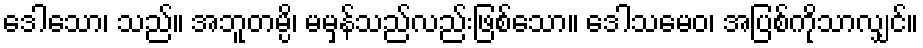
ဒေါသော၊ သည်။ အဘူတမ္ပိ၊ မမှန်သည်လည်းဖြစ်သော။ ဒေါသမေဝ၊ အပြစ်ကိုသာလျှင်။